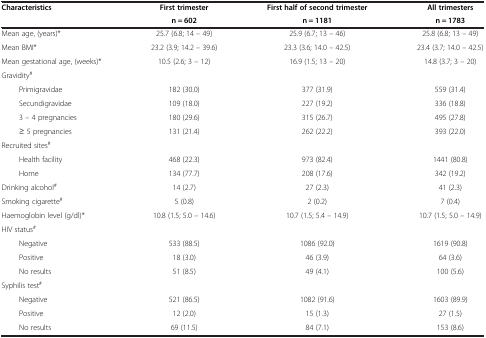
| Characteristics | First trimester | First half of second trimester | All trimesters |
 |  | n = 602 | n = 1181 | n = 1783 |
 | --- | --- | --- | --- |
 | Mean age, (years)* | 25.7 (6.8; 14 – 49) | 25.9 (6.7; 13 – 46) | 25.8 (6.8; 13 – 49) |
 | Mean BMI* | 23.2 (3.9; 14.2 – 39.6) | 23.3 (3.6; 14.0 – 42.5) | 23.4 (3.7; 14.0 – 42.5) |
 | Mean gestational age, (weeks)* | 10.5 (2.6; 3 – 12) | 16.9 (1.5; 13 – 20) | 14.8 (3.7; 3 – 20) |
 | Gravidity# |  |  |  |
 | Primigravidae | 182 (30.0) | 377 (31.9) | 559 (31.4) |
 | Secundigravidae | 109 (18.0) | 227 (19.2) | 336 (18.8) |
 | 3 – 4 pregnancies | 180 (29.6) | 315 (26.7) | 495 (27.8) |
 | ≥ 5 pregnancies | 131 (21.4) | 262 (22.2) | 393 (22.0) |
 | Recruited sites# |  |  |  |
 | Health facility | 468 (22.3) | 973 (82.4) | 1441 (80.8) |
 | Home | 134 (77.7) | 208 (17.6) | 342 (19.2) |
 | Drinking alcohol# | 14 (2.7) | 27 (2.3) | 41 (2.3) |
 | Smoking cigarette# | 5 (0.8) | 2 (0.2) | 7 (0.4) |
 | Haemoglobin level (g/dl)* | 10.8 (1.5; 5.0 – 14.6) | 10.7 (1.5; 5.4 – 14.9) | 10.7 (1.5; 5.0 – 14.9) |
 | HIV status# |  |  |  |
 | Negative | 533 (88.5) | 1086 (92.0) | 1619 (90.8) |
 | Positive | 18 (3.0) | 46 (3.9) | 64 (3.6) |
 | No results | 51 (8.5) | 49 (4.1) | 100 (5.6) |
 | Syphilis test# |  |  |  |
 | Negative | 521 (86.5) | 1082 (91.6) | 1603 (89.9) |
 | Positive | 12 (2.0) | 15 (1.3) | 27 (1.5) |
 | No results | 69 (11.5) | 84 (7.1) | 153 (8.6) |